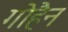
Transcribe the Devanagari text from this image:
गोहैन